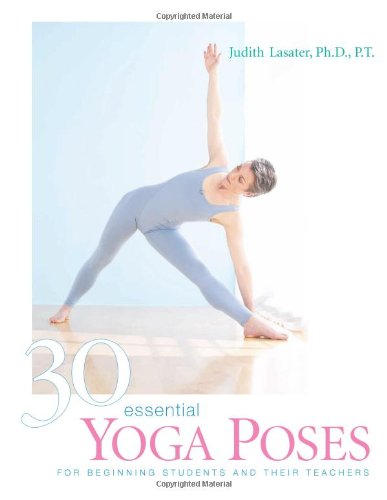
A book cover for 30 Essential Yoga Poses: For Beginning Students and Their Teachers; Judith Lasater; Health, Fitness & Dieting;